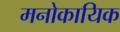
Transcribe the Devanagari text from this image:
मनोकायिक